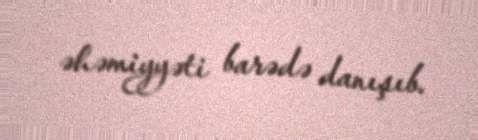
əhəmiyyəti barədə danışıb.